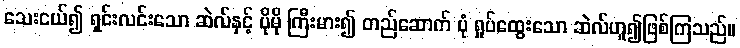
သေးငယ်၍ ရှင်းလင်းသော ဆဲလ်နှင့် ပိုမို ကြီးမား၍ တည်ဆောက် ပုံ ရှုပ်ထွေးသော ဆဲလ်ဟူ၍ဖြစ်ကြသည်။